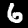
Digit: 6